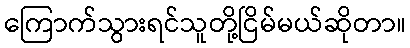
ကြောက်သွားရင်သူတို့ငြိမ်မယ်ဆိုတာ။